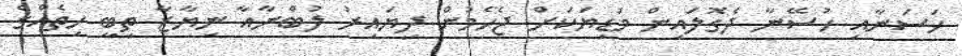
ހަސަނާއި ހުސޭނާ ދެގޮލައިން މަޑިޔަކަށް ޖެހެމުން ދިޔައިރު ލުބްނާއާ ނިޔާޒާ ތިބީ ހިތެއްގެ